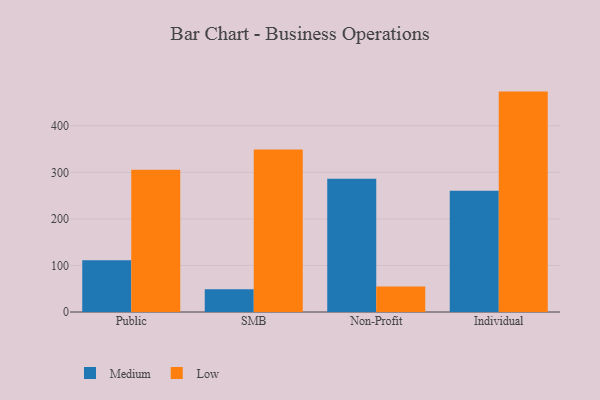
{"axis": {"x": "Segment", "y": "Population (Million)"}, "legend": ["Low", "Medium"], "data": [{"x": "Public", "y": 111.2, "type": "Medium"}, {"x": "Public", "y": 305.5, "type": "Low"}, {"x": "SMB", "y": 49.1, "type": "Medium"}, {"x": "SMB", "y": 349.2, "type": "Low"}, {"x": "Non-Profit", "y": 286.3, "type": "Medium"}, {"x": "Non-Profit", "y": 54.8, "type": "Low"}, {"x": "Individual", "y": 260.3, "type": "Medium"}, {"x": "Individual", "y": 473.4, "type": "Low"}]}